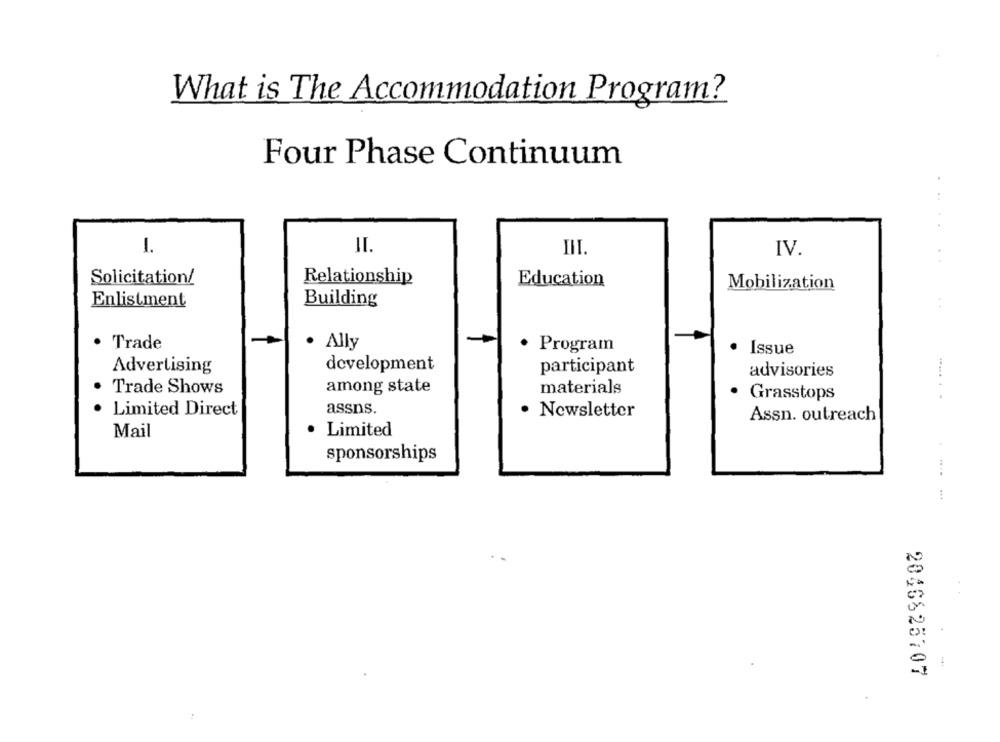
What is The Accommodation Program?
Four Phase Continuum
...
1.
II.
III.
IV.
..
Solicitation/
Relationship
Education
Mobilization
Enlistment
Building
· Trade
· Ally
· Program
· Issue
Advertising
development
participant
advisories
..... .
Trade Shows
among state
materials
· Grasstops
· Limited Direct
assns.
Newsletter
Assn. outreach
Mail
Limited
sponsorships
2046825707